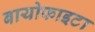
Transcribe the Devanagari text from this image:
बायोफाइटा